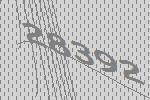
28392